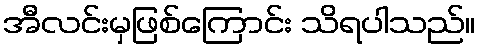
အီလင်းမှဖြစ်ကြောင်း သိရပါသည်။